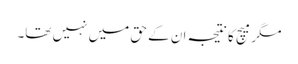
مگر میچ کا نتیجہ ان کے حق میں نہیں تھا۔